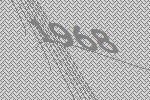
1968